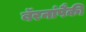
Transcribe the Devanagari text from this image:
बॅरनांपैकी